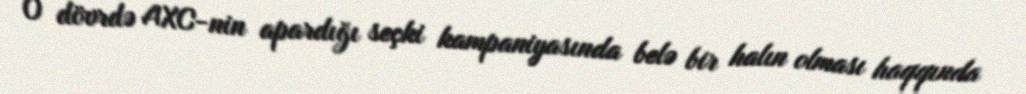
O dövrdə AXC-nin apardığı seçki kampaniyasında belə bir halın olması haqqında